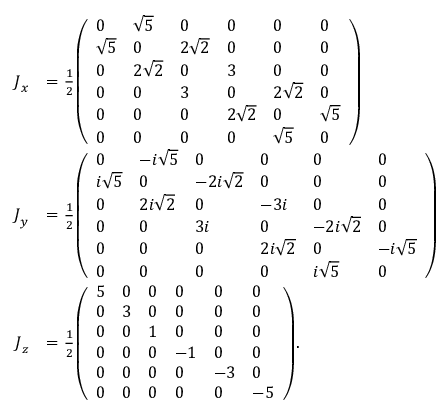
{ \begin{array} { r l } { { \boldsymbol { J } } _ { x } } & { = { \frac { 1 } { 2 } } { \left( \begin{array} { l l l l l l } { 0 } & { { \sqrt { 5 } } } & { 0 } & { 0 } & { 0 } & { 0 } \\ { { \sqrt { 5 } } } & { 0 } & { 2 { \sqrt { 2 } } } & { 0 } & { 0 } & { 0 } \\ { 0 } & { 2 { \sqrt { 2 } } } & { 0 } & { 3 } & { 0 } & { 0 } \\ { 0 } & { 0 } & { 3 } & { 0 } & { 2 { \sqrt { 2 } } } & { 0 } \\ { 0 } & { 0 } & { 0 } & { 2 { \sqrt { 2 } } } & { 0 } & { { \sqrt { 5 } } } \\ { 0 } & { 0 } & { 0 } & { 0 } & { { \sqrt { 5 } } } & { 0 } \end{array} \right) } } \\ { { \boldsymbol { J } } _ { y } } & { = { \frac { 1 } { 2 } } { \left( \begin{array} { l l l l l l } { 0 } & { - i { \sqrt { 5 } } } & { 0 } & { 0 } & { 0 } & { 0 } \\ { i { \sqrt { 5 } } } & { 0 } & { - 2 i { \sqrt { 2 } } } & { 0 } & { 0 } & { 0 } \\ { 0 } & { 2 i { \sqrt { 2 } } } & { 0 } & { - 3 i } & { 0 } & { 0 } \\ { 0 } & { 0 } & { 3 i } & { 0 } & { - 2 i { \sqrt { 2 } } } & { 0 } \\ { 0 } & { 0 } & { 0 } & { 2 i { \sqrt { 2 } } } & { 0 } & { - i { \sqrt { 5 } } } \\ { 0 } & { 0 } & { 0 } & { 0 } & { i { \sqrt { 5 } } } & { 0 } \end{array} \right) } } \\ { { \boldsymbol { J } } _ { z } } & { = { \frac { 1 } { 2 } } { \left( \begin{array} { l l l l l l } { 5 } & { 0 } & { 0 } & { 0 } & { 0 } & { 0 } \\ { 0 } & { 3 } & { 0 } & { 0 } & { 0 } & { 0 } \\ { 0 } & { 0 } & { 1 } & { 0 } & { 0 } & { 0 } \\ { 0 } & { 0 } & { 0 } & { - 1 } & { 0 } & { 0 } \\ { 0 } & { 0 } & { 0 } & { 0 } & { - 3 } & { 0 } \\ { 0 } & { 0 } & { 0 } & { 0 } & { 0 } & { - 5 } \end{array} \right) } . } \end{array} }